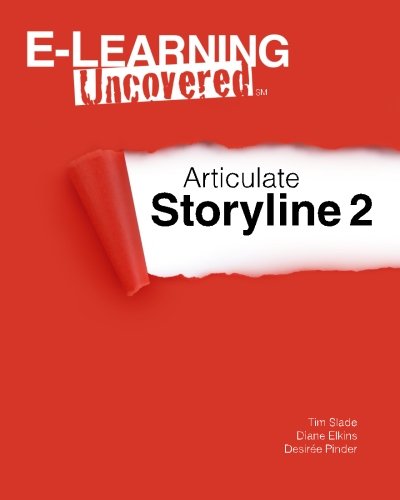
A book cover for E-Learning Uncovered: Articulate Storyline 2; Tim Slade; Business & Money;